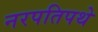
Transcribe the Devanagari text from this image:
नरपतिपथे